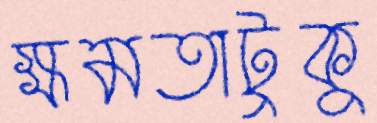
ক্ষমতাটুকু